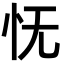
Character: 怃